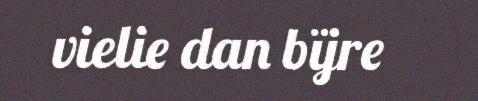
vielie dan bïjre